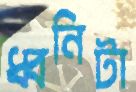
ধ্বনিটা